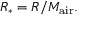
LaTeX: R _ { * } = R / M _ { \mathrm { a i r } } .